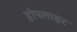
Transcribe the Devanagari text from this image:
होपलाइट